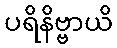
ပရိနိဗ္ဗာယိ